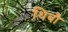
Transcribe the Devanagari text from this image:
थिबौ